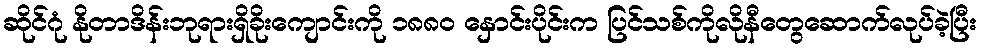
ဆိုင်ဂုံ နိုတာဒိန်းဘုရားရှိခိုးကျောင်းကို ၁၈၈၀ နှောင်းပိုင်းက ပြင်သစ်ကိုလိုနီတွေဆောက်လုပ်ခဲ့ပြီး